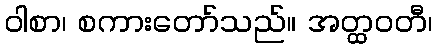
ဝါစာ၊ စကားတော်သည်။ အတ္ထဝတီ၊